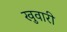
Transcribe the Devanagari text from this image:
खुवारी